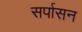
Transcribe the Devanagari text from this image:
सर्पासन